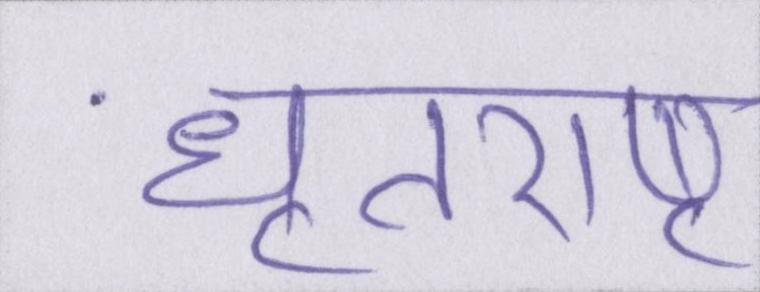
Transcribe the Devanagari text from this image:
धृतराष्ट्र